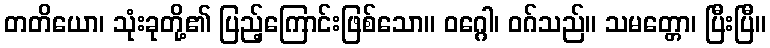
တတိယော၊ သုံးခုတို့၏ ပြည့်ကြောင်းဖြစ်သော။ ဝဂ္ဂေါ၊ ဝဂ်သည်။ သမတ္တော၊ ပြီးပြီ။